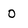
Character: 0